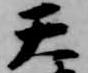
天